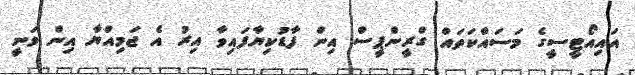
އައިއޯޓީސީގެ މަސައްކަތައް ގްރީންޕީސް އިން ފާޑުކިޔާފައިވާ އިރު އެ ޖަމިއްޔާ އިން ވަނީ